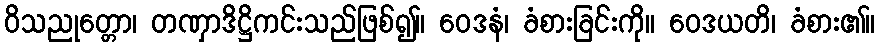
ဝိသညုတ္တော၊ တဏှာဒိဋ္ဌိကင်းသည်ဖြစ်၍။ ဝေဒနံ၊ ခံစားခြင်းကို။ ဝေဒယတိ၊ ခံစား၏။